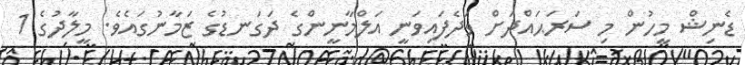
ޑެނިޝް މީހުން މި ސަރަޙައްދަށް ވަދެފައިވަނީ އަލްމާނީންގެ ދަގަނޑުގެ ޒަމާނުގައެވެ. މީލާދުގެ 1